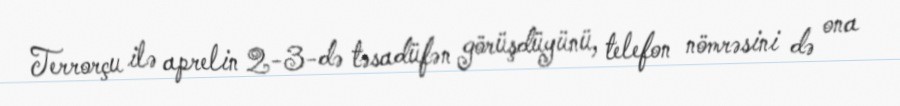
Terrorçu ilə aprelin 2-3-də təsadüfən görüşdüyünü, telefon nömrəsini də ona